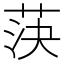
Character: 𦯊